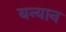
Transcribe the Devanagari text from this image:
बन्यान